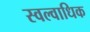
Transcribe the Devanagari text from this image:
स्वल्वाधिक